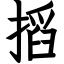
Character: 搯